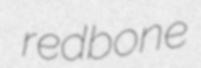
redbone